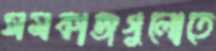
সমকাজগুলোতে